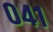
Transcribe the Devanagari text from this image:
०४१